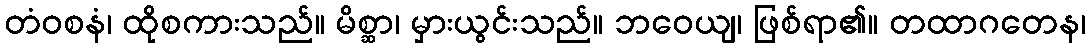
တံဝစနံ၊ ထိုစကားသည်။ မိစ္ဆာ၊ မှားယွင်းသည်။ ဘဝေယျ၊ ဖြစ်ရာ၏။ တထာဂတေန၊